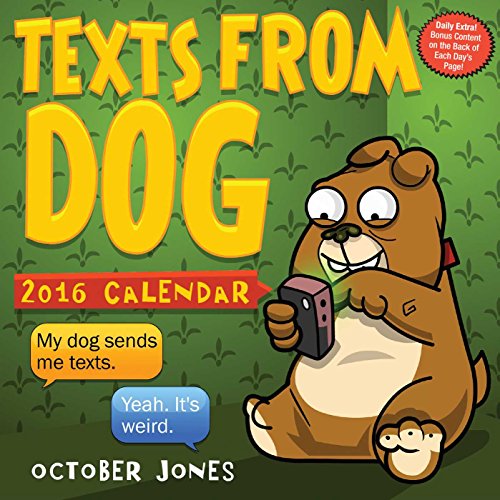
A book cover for Texts from Dog 2016 Day-to-Day Calendar; October Jones; Calendars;